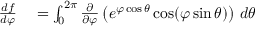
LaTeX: \begin{array} { r l } { { \frac { d f } { d \varphi } } } & { { } = \int _ { 0 } ^ { 2 \pi } { \frac { \partial } { \partial \varphi } } \left( e ^ { \varphi \cos \theta } \cos ( \varphi \sin \theta ) \right) \, d \theta } \end{array}